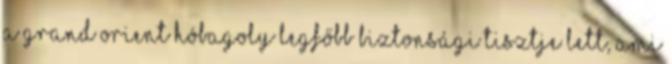
a Grand Orient Hóba­goly legfőbb biztonsági tisztje lett, ami